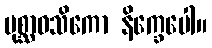
ပုစ္ဆာဝသိကော နိက္ခေပေါ။